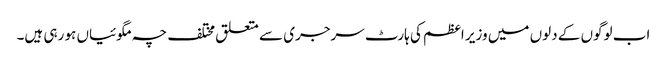
اب لوگوں کے دلوں میں وزیر اعظم کی ہارٹ سرجری سے متعلق مختلف چہ مگوئیاں ہو رہی ہیں۔